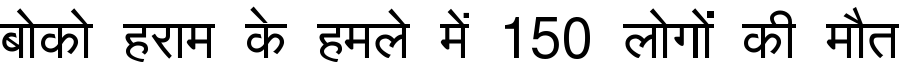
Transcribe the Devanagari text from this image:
बोको हराम के हमले में 150 लोगों की मौत